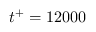
t ^ { + } = 1 2 0 0 0